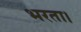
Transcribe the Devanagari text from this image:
भरता।